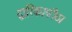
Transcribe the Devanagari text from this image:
द्वारिकापीठ।